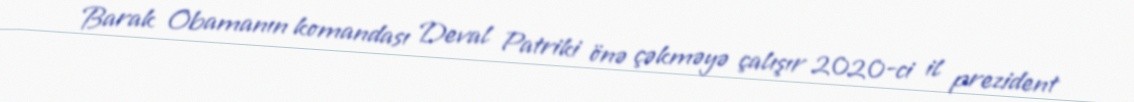
Barak Obamanın komandası Deval Patriki önə çəkməyə çalışır 2020-ci il prezident